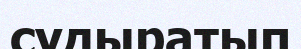
судыратып